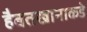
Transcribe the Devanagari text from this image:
हैबतखानाकडे